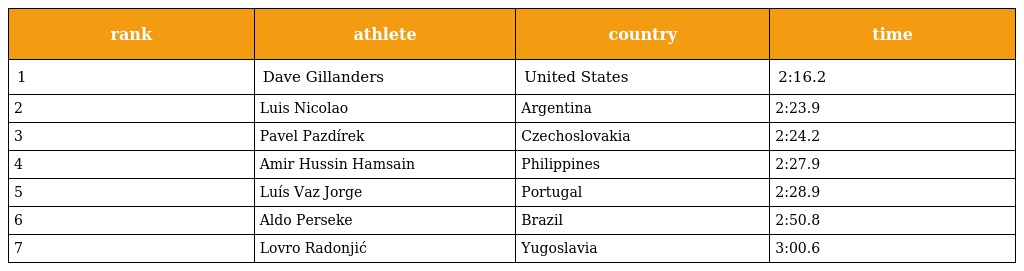
| rank | athlete | country | time |
 | --- | --- | --- | --- |
 | 1 | Dave Gillanders | United States | 2:16.2 |
 | 2 | Luis Nicolao | Argentina | 2:23.9 |
 | 3 | Pavel Pazdírek | Czechoslovakia | 2:24.2 |
 | 4 | Amir Hussin Hamsain | Philippines | 2:27.9 |
 | 5 | Luís Vaz Jorge | Portugal | 2:28.9 |
 | 6 | Aldo Perseke | Brazil | 2:50.8 |
 | 7 | Lovro Radonjić | Yugoslavia | 3:00.6 |